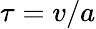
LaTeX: \tau=v/a